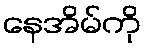
နေအိမ်ကို